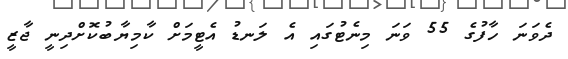
ދެވަނަ ހާފުގެ 55 ވަނަ މިނެޓުގައި އެ ލަނޑު އެޓީމަށް ކާމިޔާބުކޮށްދިނީ ޖާޒީ